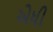
એધી